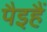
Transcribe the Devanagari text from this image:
पैइहैं